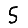
Digit: 5